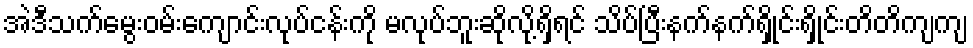
အဲဒီသက်မွေးဝမ်းကျောင်းလုပ်ငန်းကို မလုပ်ဘူးဆိုလို့ရှိရင် သိပ်ပြီးနက်နက်ရှိုင်းရှိုင်းတိတိကျကျ